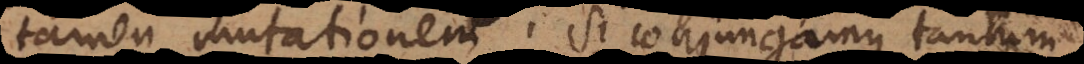
tamen mutationem. Si conjungamus tantum